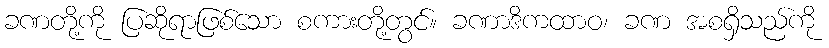
ခဏတို့ကို ပြဆိုရာဖြစ်သော စကားတို့တွင်။ ခဏာဒိကထာဝ၊ ခဏ အစရှိသည်ကို